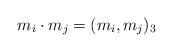
\begin{align*}m_i\cdot m_j=(m_i,m_j)_3\end{align*}